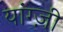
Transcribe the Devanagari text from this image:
यांग्ज़ी